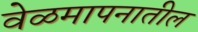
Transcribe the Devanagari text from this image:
वेळमापनातील